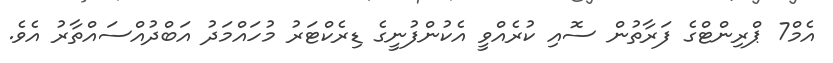
އެމް7 ޕްރިންޓްގެ ފަރާތުން ސޮއި ކުރެއްވީ އެކުންފުނީގެ ޑިރެކްޓަރު މުހައްމަދު އަބްދުއްސައްތާރު އެވެ.